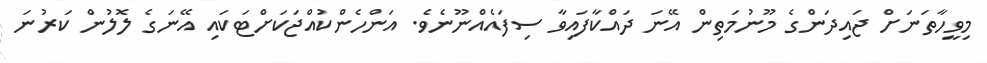
މިވީހާތަނަށް ޖައިދަންގެ މޫނުމަތިން އޭނަ ދައްކާފައިވާ ސިފައެއްނޫނެވެ. އަންހެންކުއްޖަކަށްޓަކައި އޭނަގެ ލޮލުން ކަރުނަ